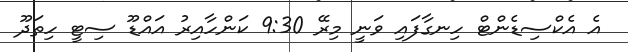
އެ އެކްސިޑެންޓް ހިނގާފައި ވަނީ މިރޭ 9:30 ކަންހާއިރު އައްޑޫ ސިޓީ ހިތަދޫ